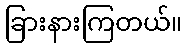
ခြားနားကြတယ်။